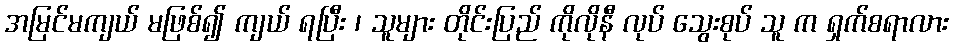
အမြင်မကျယ် မဖြစ်၍ ကျယ် ရပြီး ၊ သူများ တိုင်းပြည် ကိုလိုနီ လုပ် သွေးစုပ် သူ က ရှက်စရာလား